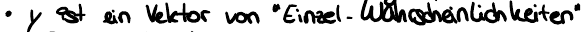
- y ist ein Vektor von "Einzel - Wahrscheinlichkeiten"